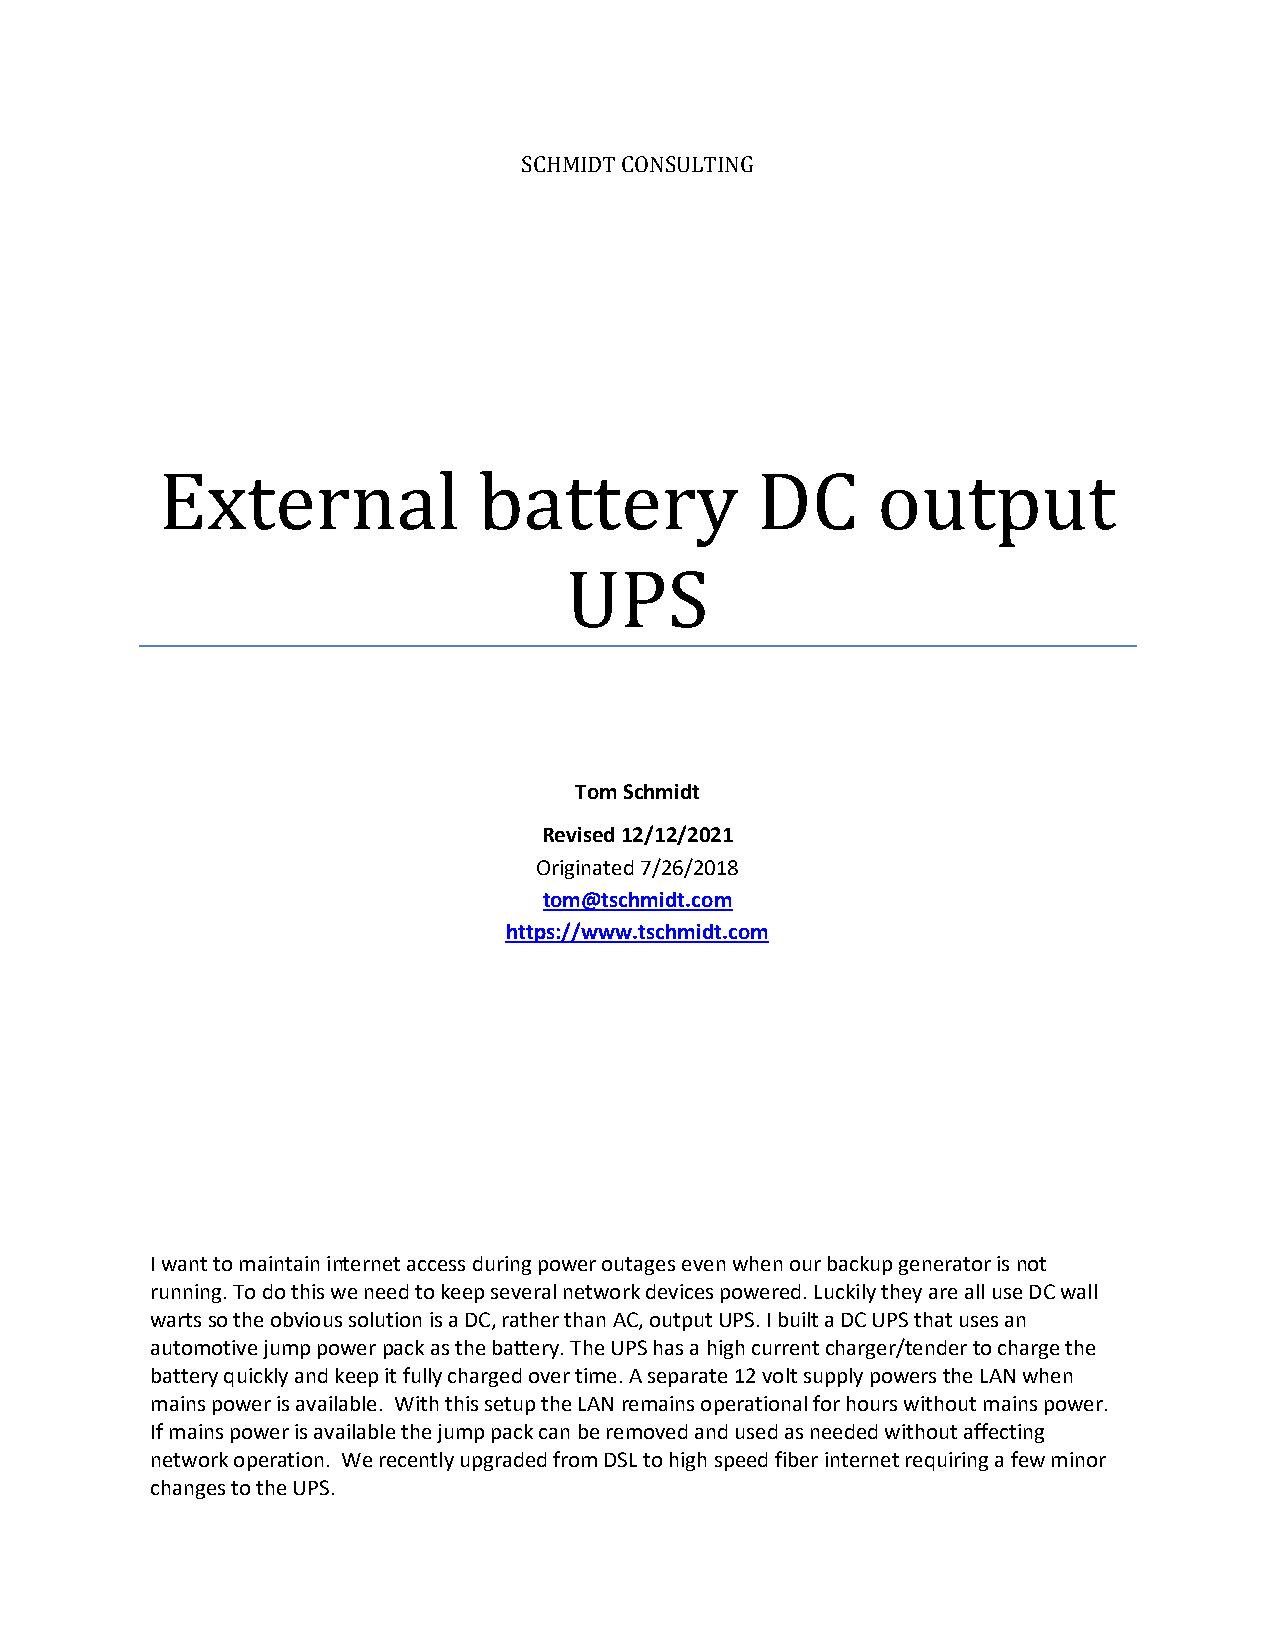
SCHMIDT CONSULTING
 External             battery           DC      output
 UPS
 Tom Schmidt
 Revised 12/12/2021
 Originated 7/26/2018
 tom@tschmidt.com
 https://www.tschmidt.com
 I want to maintain internet access during power outages even when our backup generator is not
 running. To do this we need to keep several network devices powered. Luckily they are all use DC wall
 warts so the obvious solution is a DC, rather than AC, output UPS. I built a DC UPS that uses an
 automotive jump power pack as the battery. The UPS has a high current charger/tender to charge the
 battery quickly and keep it fully charged over time. A separate 12 volt supply powers the LAN when
 mains power is available. With this setup the LAN remains operational for hours without mains power.
 If mains power is available the jump pack can be removed and used as needed without affecting
 network operation. We recently upgraded from DSL to high speed fiber internet requiring a few minor
 changes to the UPS.